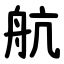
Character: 航